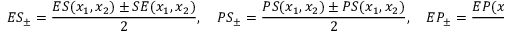
E S _ { \pm } = \frac { E S ( x _ { 1 } , x _ { 2 } ) \pm S E ( x _ { 1 } , x _ { 2 } ) } { 2 } , \quad P S _ { \pm } = \frac { P S ( x _ { 1 } , x _ { 2 } ) \pm P S ( x _ { 1 } , x _ { 2 } ) } { 2 } , \quad E P _ { \pm } = \frac { E P ( x _ { 1 } , x _ { 2 } ) \pm P E ( x _ { 1 } , x _ { 2 } ) } { 2 } \: .